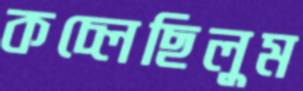
কচ্‌লেছিলুম